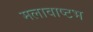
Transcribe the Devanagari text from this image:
मलावाष्टभ